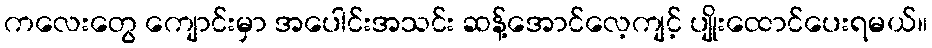
ကလေးတွေ ကျောင်းမှာ အပေါင်းအသင်း ဆန့်အောင်လေ့ကျင့် ပျိုးထောင်ပေးရမယ်။